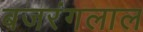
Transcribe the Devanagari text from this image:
बजरंगलाल